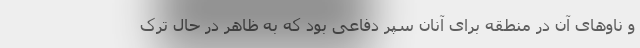
و ناوهای آن در منطقه برای آنان سپر دفاعی بود که به ظاهر در حال ترک